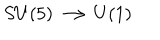
S U ( 5 ) \longrightarrow U ( 1 )